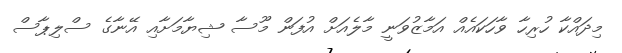
މިދައްކާ ހުރިހާ ވާހަކައެއް އަމާޒުވަނީ މާލެއަށް އުފަން މޫސާ ޝިޔާމަށާއި އޭނާގެ ސްލިޕާސް